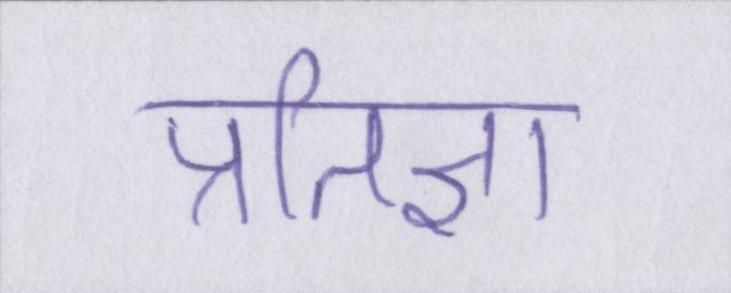
प्रतिज्ञा